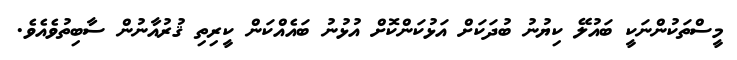
މީސްތަކުންނަކީ ބައުލޭ ކިޔުނު ބުދަކަށް އަޅުކަންކޮށް އުޅުނު ބައެއްކަން ކީރިތި ޤުރުއާނުން ސާބިތުވެއެވެ.